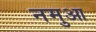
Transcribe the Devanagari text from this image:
नमुआ